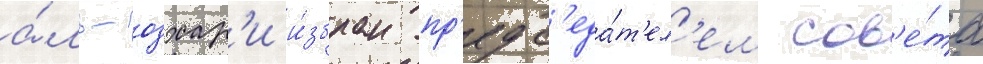
а́ль-азхар'и и́збран пр'едс'еда́т'ел'ем сов'е́та